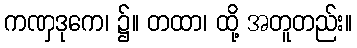
ကဏှဒုကေ၊ ၌။ တထာ၊ ထို့ အတူတည်း။